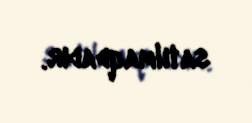
satılmaqdadır.